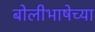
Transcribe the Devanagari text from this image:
बोलीभाषेच्या